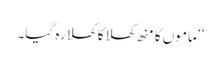
‘‘ ماموں کا منھ کھلا کا کھلا رہ گیا۔